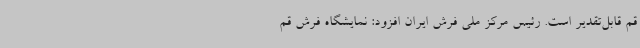
قم قابل‌تقدیر است. رئیس مرکز ملی فرش ایران افزود: نمایشگاه فرش قم